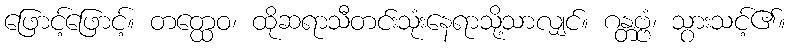
ဖြောင့်ဖြောင့်။ တတ္ထေဝ၊ ထိုဆရာသီတင်းသုံးနေရာသို့သာလျှင်။ ဂန္တဗ္ဗံ၊ သွားသင့်၏။